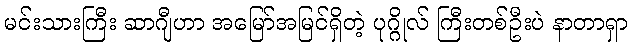
မင်းသားကြီး ဆာဂျီဟာ အမြော်အမြင်ရှိတဲ့ ပုဂ္ဂိုလ် ကြီးတစ်ဦးပဲ နာတာရှာ